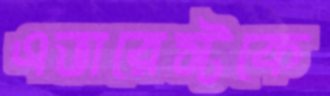
এভারেস্টকে